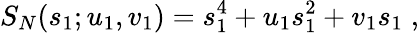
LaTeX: S_{N}(s_{1};u_{1},v_{1})=s_{1}^{4}+u_{1}s_{1}^{2}+v_{1}s_{1}\; ,